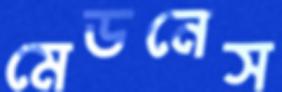
মেডনেস